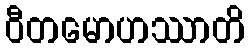
ဝီတမောဟဿာတိ